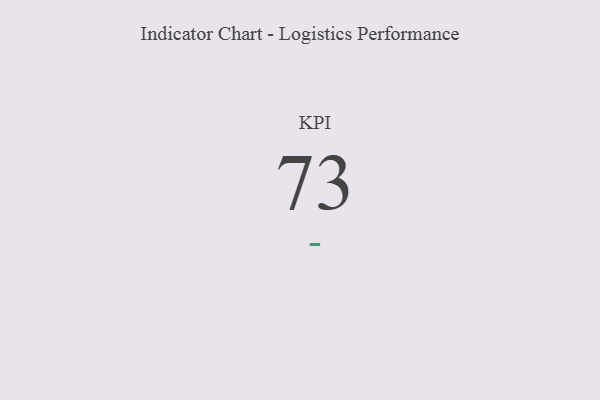
{"axis": {"x": "KPI", "y": "Value"}, "legend": [""], "data": [{"x": "KPI", "y": 73, "type": ""}]}